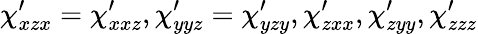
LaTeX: \chi_{xzx}^{\prime}=\chi_{xxz}^{\prime},\chi_{yyz}^{\prime}=\chi_{yzy}^{\prime},\chi_{zxx}^{\prime},\chi_{zyy}^{\prime},\chi_{zzz}^{\prime}